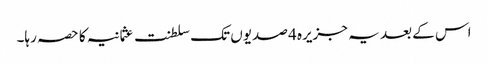
اس کے بعد یہ جزیرہ 4 صدیوں تک سلطنت عثمانیہ کا حصہ رہا۔